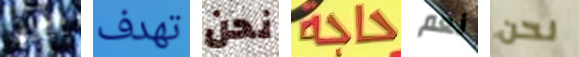
دخلتي تهدف نحن حاجة نعم نحن